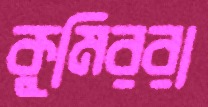
কুমিররা